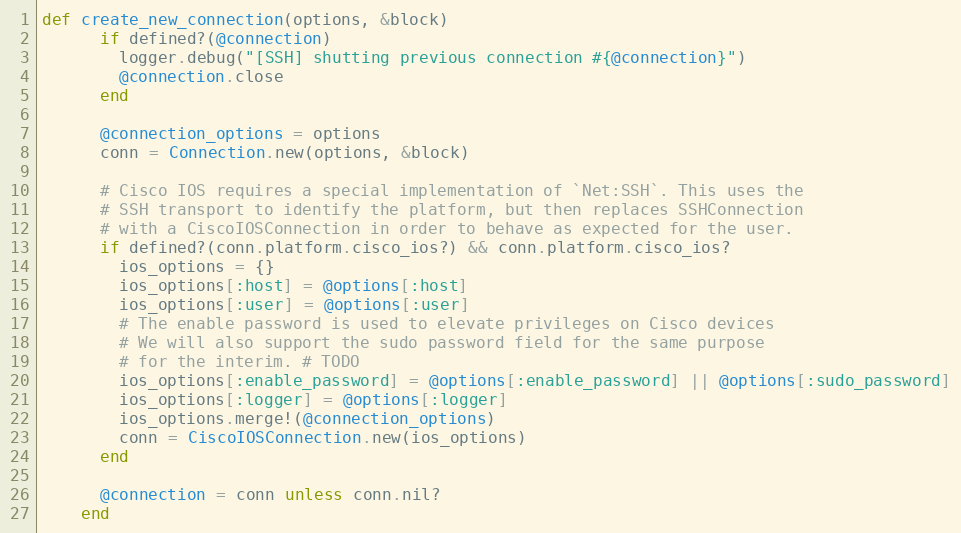
Language: Ruby
def create_new_connection(options, &block)
      if defined?(@connection)
        logger.debug("[SSH] shutting previous connection #{@connection}")
        @connection.close
      end

      @connection_options = options
      conn = Connection.new(options, &block)

      # Cisco IOS requires a special implementation of `Net:SSH`. This uses the
      # SSH transport to identify the platform, but then replaces SSHConnection
      # with a CiscoIOSConnection in order to behave as expected for the user.
      if defined?(conn.platform.cisco_ios?) && conn.platform.cisco_ios?
        ios_options = {}
        ios_options[:host] = @options[:host]
        ios_options[:user] = @options[:user]
        # The enable password is used to elevate privileges on Cisco devices
        # We will also support the sudo password field for the same purpose
        # for the interim. # TODO
        ios_options[:enable_password] = @options[:enable_password] || @options[:sudo_password]
        ios_options[:logger] = @options[:logger]
        ios_options.merge!(@connection_options)
        conn = CiscoIOSConnection.new(ios_options)
      end

      @connection = conn unless conn.nil?
    end